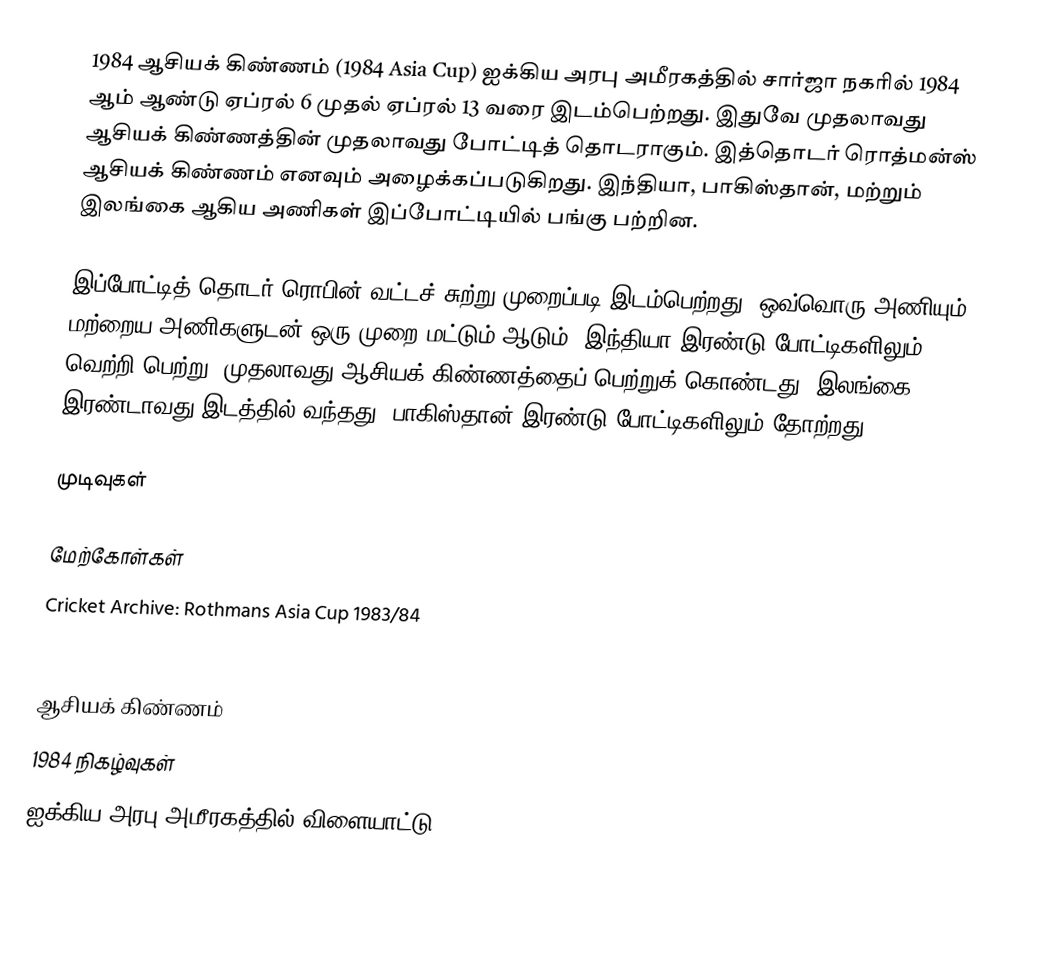
1984 ஆசியக் கிண்ணம் (1984 Asia Cup) ஐக்கிய அரபு அமீரகத்தில் சார்ஜா நகரில் 1984 ஆம் ஆண்டு ஏப்ரல் 6 முதல் ஏப்ரல் 13 வரை இடம்பெற்றது. இதுவே முதலாவது ஆசியக் கிண்ணத்தின் முதலாவது போட்டித் தொடராகும். இத்தொடர் ரொத்மன்ஸ் ஆசியக் கிண்ணம் எனவும் அழைக்கப்படுகிறது. இந்தியா, பாகிஸ்தான், மற்றும் இலங்கை ஆகிய அணிகள் இப்போட்டியில் பங்கு பற்றின.

இப்போட்டித் தொடர் ரொபின் வட்டச் சுற்று முறைப்படி இடம்பெற்றது. ஒவ்வொரு அணியும் மற்றைய அணிகளுடன் ஒரு முறை மட்டும் ஆடும். இந்தியா இரண்டு போட்டிகளிலும் வெற்றி பெற்று, முதலாவது ஆசியக் கிண்ணத்தைப் பெற்றுக் கொண்டது. இலங்கை இரண்டாவது இடத்தில் வந்தது. பாகிஸ்தான் இரண்டு போட்டிகளிலும் தோற்றது.

முடிவுகள்

மேற்கோள்கள்
 Cricket Archive: Rothmans Asia Cup 1983/84
 CricInfo: Asia Cup (Ind Pak SL) in Sharjah: Apr 1984

ஆசியக் கிண்ணம்
1984 நிகழ்வுகள்
ஐக்கிய அரபு அமீரகத்தில் விளையாட்டு